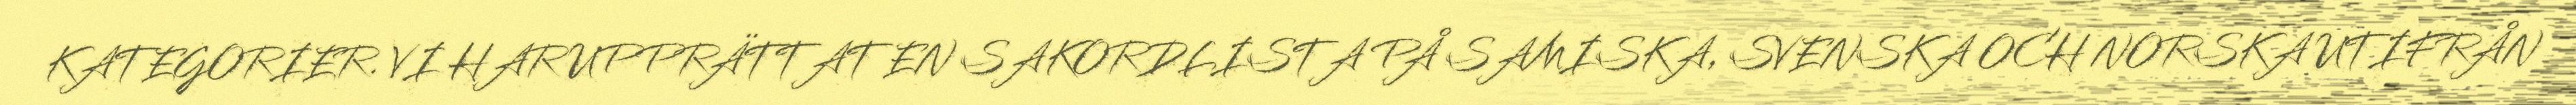
KATEGORIER. VI HAR UPPRÄTTAT EN SAKORDLISTA PÅ SAMISKA, SVENSKA OCH NORSKA UTIFRÅN